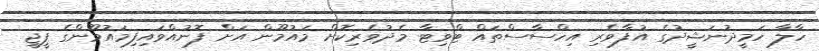
ހާލާ ހަމީދުނަޝީދުގެ އުފާވެރި އިހްސާސްތައް ޓްވިޓާ މެދުވެރިކޮށް މައުމޫން އަށް ފޮނުއްވައިފިމައުމޫންގެ ޕީޖީ